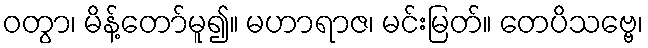
ဝတွာ၊ မိန့်တော်မူ၍။ မဟာရာဇ၊ မင်းမြတ်။ တေပိသဗ္ဗေ၊